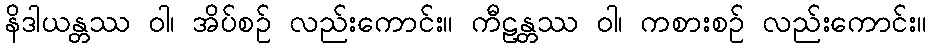
နိဒါယန္တဿ ဝါ၊ အိပ်စဉ် လည်းကောင်း။ ကီဠန္တဿ ဝါ၊ ကစားစဉ် လည်းကောင်း။